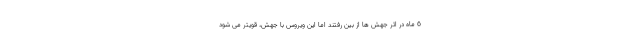
6 ماه در اثر جهش ها از بین رفتند اما این ویروس با جهش، قویتر می شود